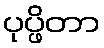
ပုပ္ဖိတာ